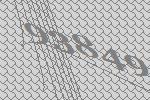
93849